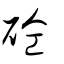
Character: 砼